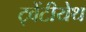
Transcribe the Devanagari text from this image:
ट्वेंटीयेथ